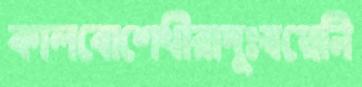
কালবোশেখীরাদুঃস্বপ্নেনি